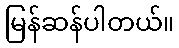
မြန်ဆန်ပါတယ်။